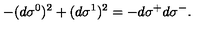
- ( d \sigma ^ { 0 } ) ^ { 2 } + ( d \sigma ^ { 1 } ) ^ { 2 } = - d \sigma ^ { + } d \sigma ^ { - } .